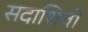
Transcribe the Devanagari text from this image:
सदाशिवो